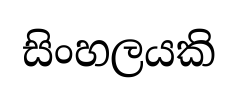
සිංහලයකි